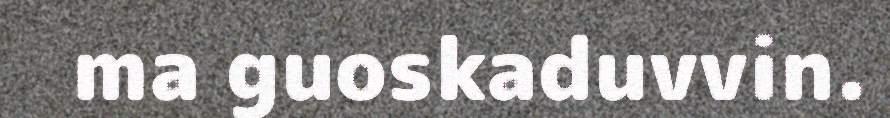
ma guoskaduvvin.